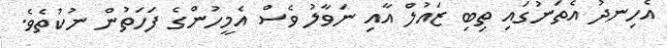
އެހިނދު އެތަނުގައި ތިބި ޒައުލް އާއި ނަވާލު ވެސް އެމީހުންގެ ފަހަތުން ނުކުތެވެ.